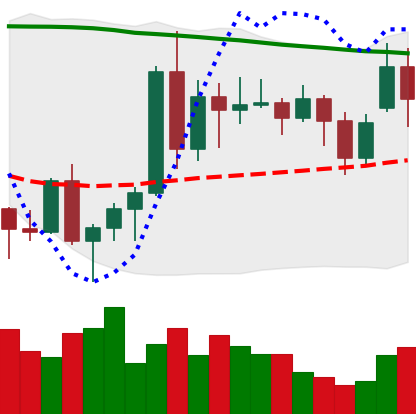
Ticker: ADA-USD
Chart end date: 2020-11-18
Forward return: 44.272%
Label: up_7plus